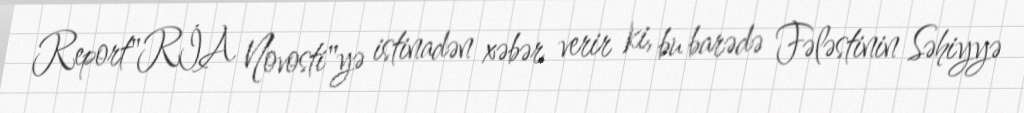
Report"RİA Novosti"yə istinadən xəbər verir ki, bu barədə Fələstinin Səhiyyə